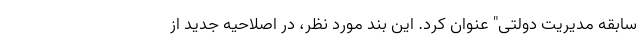
سابقه مدیریت دولتی" عنوان کرد. این بند مورد نظر، در اصلاحیه جدید از